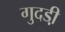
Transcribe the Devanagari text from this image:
गुदडी़